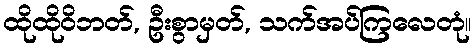
ထိုထိုဝိဘတ်, ဦးစွာမှတ်, သက်အပ်ကြလေတုံ။